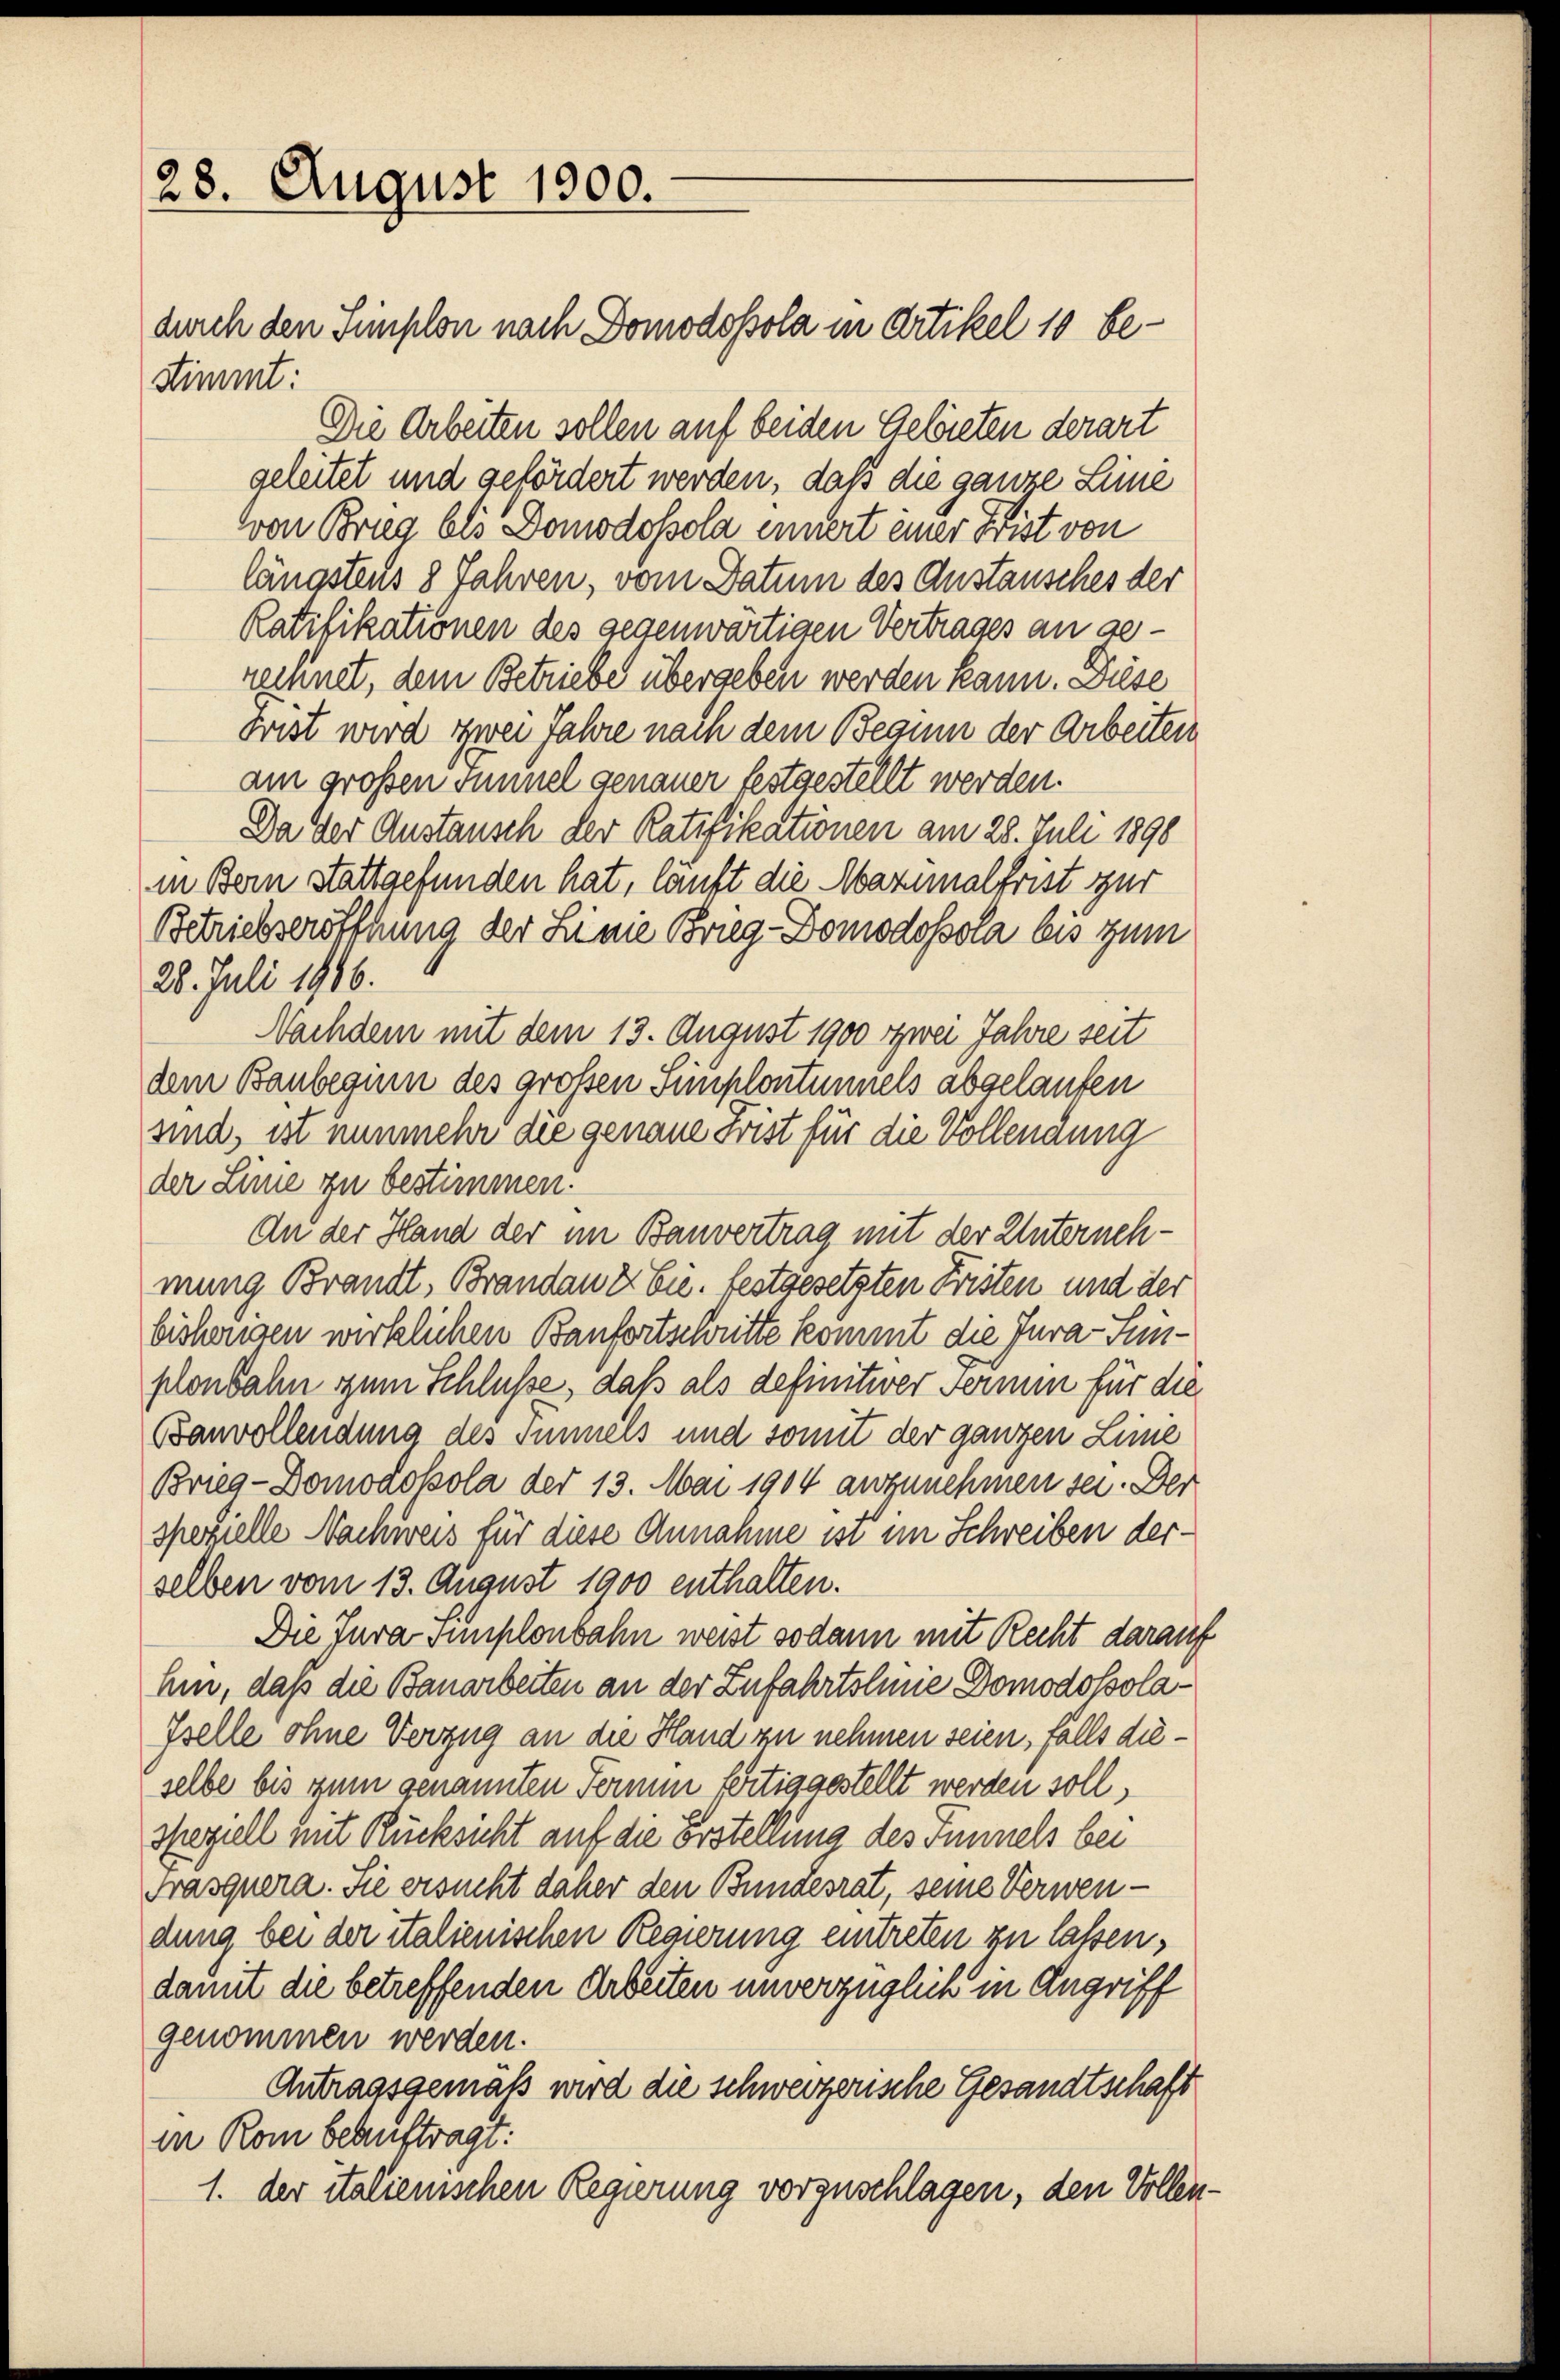
28. August 1900.

stimmt:
Die Arbeiten sollen auf beiden Gelöreten derart
geleitet und gefördert werden, daß die ganze Linie
von Brieg bis Domodossola innert einer Frist von
längstens 8 Jahren, vom Datum des Anstausches der
Ratifikationen des gegenwärtigen Vertrages an gereinnet, dem Betriebe übergeben werden kann. Diese
Frist wird zwei Jahre nach dem Beaum der Arbeiten
am großen Sinnel genauer festgestellt werden.
Da der Austausch der Ratifikationen am 28. Juli 1890
in Bern stattgefunden hat, läuft die Maximalfrist zur
Betriebseröffnung der Linie Brieg-Domodossola bis zum
28. Juli 1916.
Nachdem mit dem 13. August 1900 zwei Jahre seit
dem Baubeginn des grossen Simplontunnels abgelaufen
sind, ist nunmehr die genaue Frist für die Vollendung
der Linie zu bestimmen.
An der Hand der im Bauvertrag mit der Unternehmung Brandt, Brandau & Cie. festgesetzten Fristen und der
bishengen wirklichen Banfortschritte kommt die Jura-Sunplonbahn zum Schluße, daß als definitiver Fermin für die
Banvollendung des Timels und somit der ganzen Linie
Brieg-Domodokola der 13. Mai 1904 anzunehmen sei. Der
spezielle Nachweis für diese Annahme ist im Schreiben derselben vom 13. August 1900 enthalten.
Die Tura Simplonbahn weist sodann mit Recht darauf
hin, daß die Bauarbeiten an der Zufahrtslinie Domodossola¬
Iselle ohne Verzug an die Hand zu nehmen seien, falls dieselbe bis zum genannten Fermin fertiggestellt werden soll,
speziell mit Rücksicht auf die Erstellung des Tunnels bei
Frasquera. Sie ersucht daher den Bundesrat, seine Verwendung bei der italienischen Regierung eintreten zu lassen,
damit die betreffenden Arbeiten unverzüglich in Angriff
genommen werden.
Antragsgemäß wird die schweizerische Gesandtschaft
in Rom beauftragt:
1. der italienischen Regierung vorzuschlagen, den Vollen¬

durch den Simplon nach Domodosola in Artikel 10 be¬